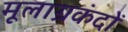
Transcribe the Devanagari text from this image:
मूलाग्रकंदों